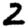
Digit: 2